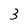
Character: 3